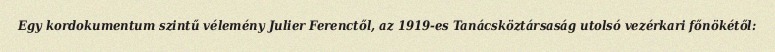
Egy kordokumentum szintű vélemény Julier Ferenctől, az 1919-es Tanácsköztársaság utolsó vezérkari főnökétől: